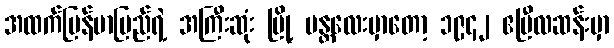
အထက်မြန်မာပြည်ရဲ့ အကြီးဆုံး မြို့ မန္တလေးမှာတော့ ၁၉၄၂ ဧပြီလဆန်းမှာ